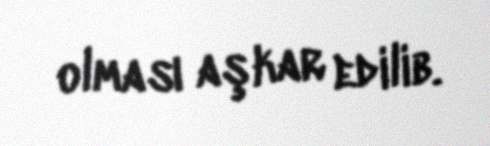
olması aşkar edilib.